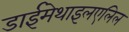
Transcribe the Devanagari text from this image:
डाईमेथाइलएलिल